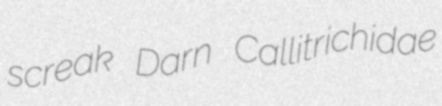
screak Darn Callitrichidae